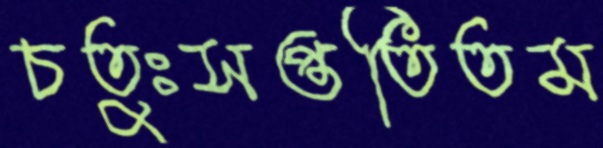
চতুঃসপ্ততিতম